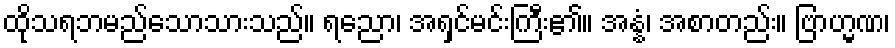
ထိုသရဘမည်သောသားသည်။ ရညော၊ အရှင်မင်းကြီး၏။ အန္နံ၊ အစာတည်း။ ဗြာဟ္မဏ၊